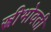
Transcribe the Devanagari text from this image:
स्त्रीभोवती